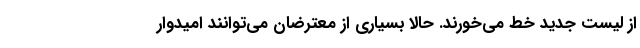
از لیست جدید خط می‌خورند. حالا بسیاری از معترضان می‌توانند امیدوار